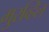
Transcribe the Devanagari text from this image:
मुरव्हिल